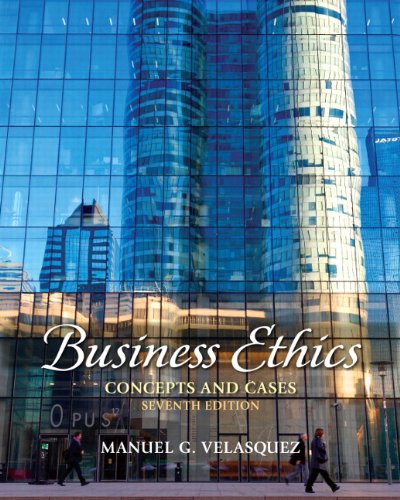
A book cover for Business Ethics: Concepts and Cases (7th Edition); Manuel G. Velasquez; Business & Money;